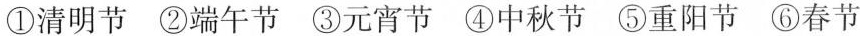
①清明节 ②端午节 ③元宵节 ④中秋节